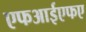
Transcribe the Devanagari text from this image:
एफआईएफए